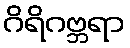
ဂိရိဂဗ္ဘရာ